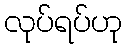
လုပ်ရပ်ဟု